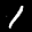
Label: 1